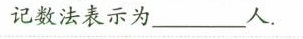
记数法表示为___人。